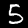
Label: 5